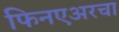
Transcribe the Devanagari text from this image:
फिनएअरचा